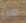
من